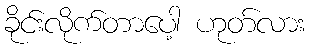
ခိုင်းလိုက်တာပေါ့ ဟုတ်လား